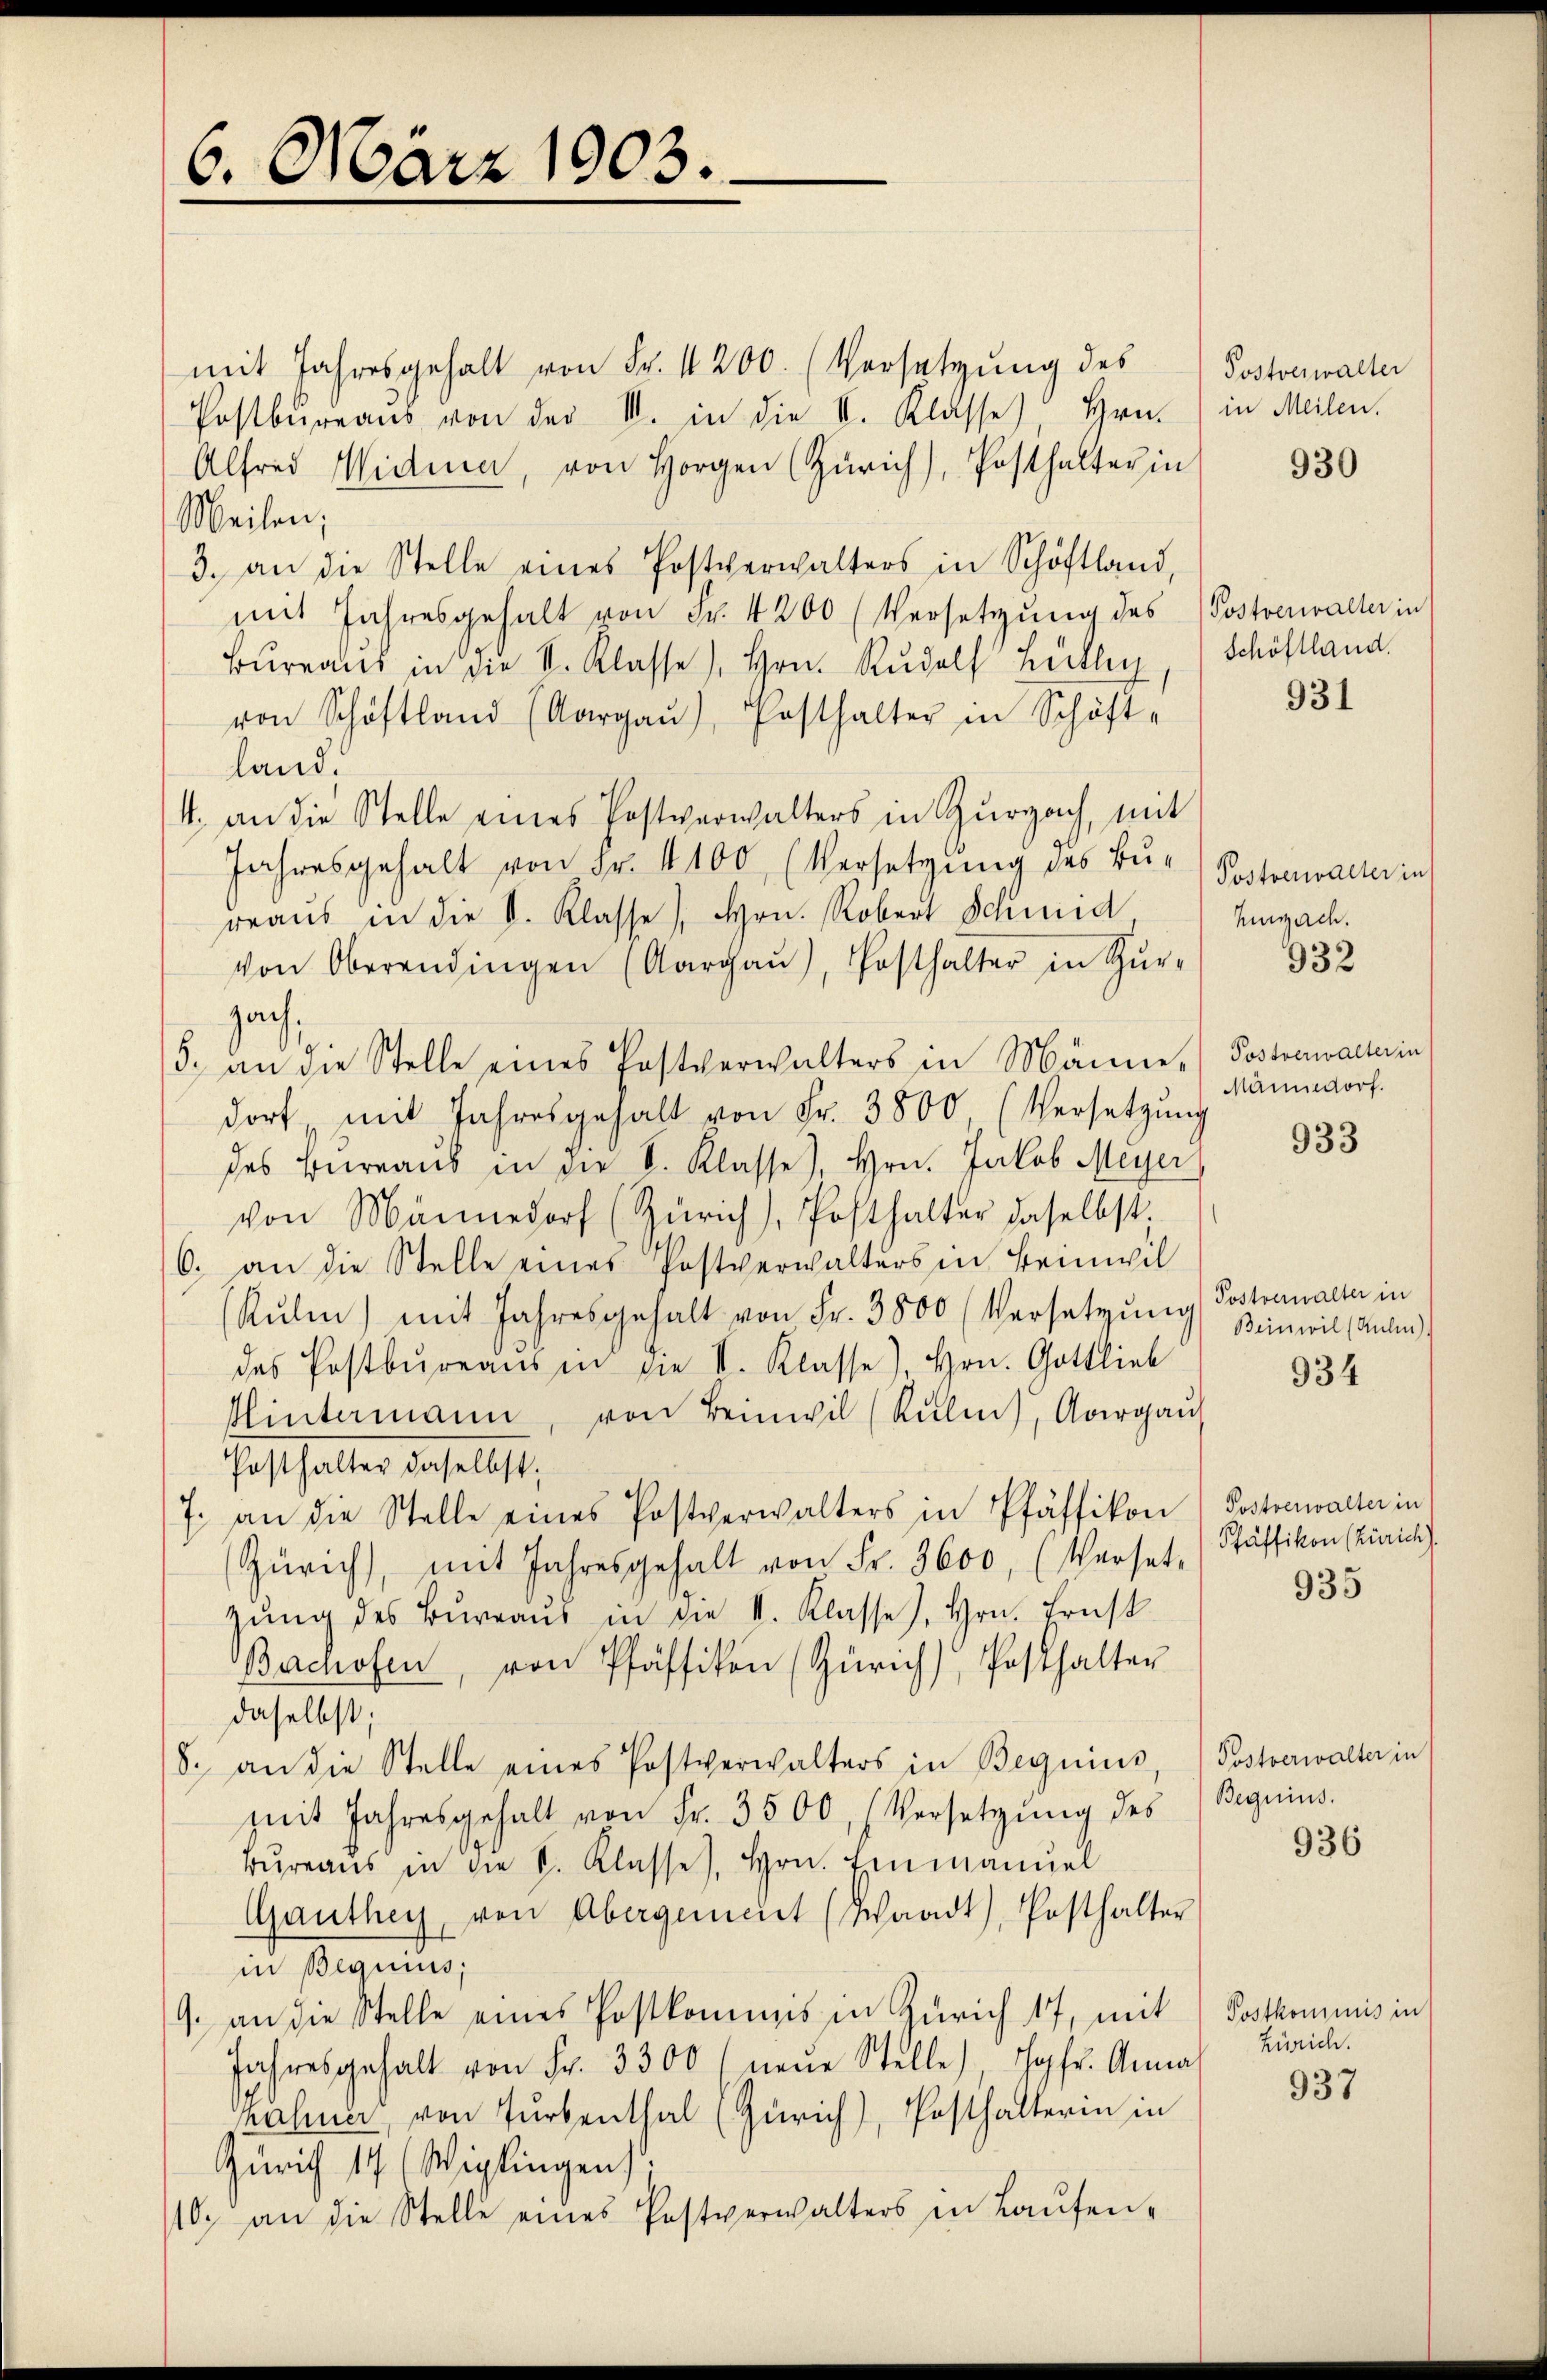
6. März 1903.

mit Jahresgehalt von Fr. 4200. (Versetzŭng des Postverwalter
Postbureaus von der II. in die II. Klasse) Hrn. ) in Meilen.
Alfred Widmen, von Horgen Zürich), Posthalter in
Meilen;
3. an die Stelle eines Postverwalters in Schöftland,
mit Jahresgehalt von Fr. 4200 (Versetzŭng des Postverwalter in
Bureaus in die S. Klasse), Hrn. Rudolf Bütler, (Schöflland.
von Schöftland (Aargaŭ), Posthalter in Schäft
land.
4. an die Stelle eines Postverwalters in Zurzach, mit
Jahresgehalt von Fr. 4100 (Versetzŭng des Bŭ- Postenwarter in
reaus in die V. Klasse), Hrn. Robert Schmid
von Oberendingen (Aargaŭ), Posthalter in Kŭr-
zach,
5. an die Stelle eines Postverwalters in Männer Postrawacterin
dort mit Jahresgehalt von Fr. 3800 (Versetzŭng
des Bureaus in die S. Klasse), Hrn. Jakob Meyer
von Männedorf (Zürich), Posthalter daselbst,
6. an die Stelle eines Postverwalters in Beinwil
Rŭli) mit Jahresgehalt von Fr. 3800 (Versetzŭng
des Postbureaus in die I. Klasse), Hrn. Gottlieb
shintermann, von Beinwil (Rŭli), Aargau
Posthalter daselbst,
7. an die Stelle eines Postverwalters in Pfäffikon) Postrawalter in
Zürich, mit Jahresgehalt von Fr. 3600, (Verset. (Stäffikon (Zirich).
zŭng des Büreaŭs in die II. Klasse), Hrn. Ernst
Berchofen, von Pfäffikon (Zürich), Posthalter
daselbst;
8. an die Stelle eines Postverwalters in Beguins, Postverwalter in
mit Jahresgehalt von Fr. 3500 Versetzŭng des (Beguins.
Bureaus in die S. Klasse), Hrn. Einmanuel
Ganthey, von Abergemeint (Waadt), Posthalter
in Beqnius,
9. an die Stelle eines Postkommis in Zürich 17, mit Postkommnis in
Jahresgehalt von Fr. 3300 (neŭe Stelle) Topfr. Anna
kahner, von Turbenthal (Zürich), Posthalterin in
Zürich 14 (Wiglingen)
/10. an die Stelle eines Postverwalters in Laŭfen-

930

931

Empach.

932

Männedorf.

933

Postvernalter in
Beinwil (Kulm).

934

935

936

Zürich.

937